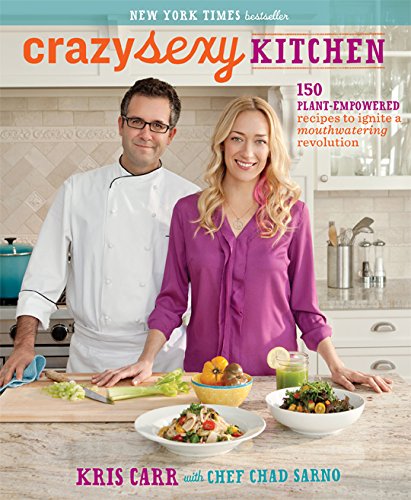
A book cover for Crazy Sexy Kitchen: 150 Plant-Empowered Recipes to Ignite a Mouthwatering Revolution; Kris Carr; Cookbooks, Food & Wine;